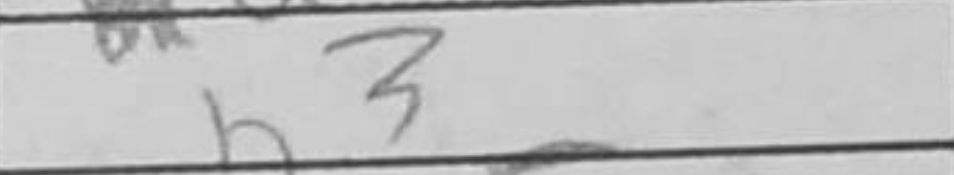
Transcription: a3